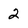
Character: 2